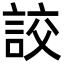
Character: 詨